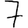
Digit: 7